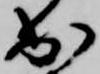
出